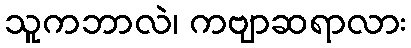
သူကဘာလဲ၊ ကဗျာဆရာလား